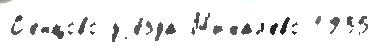
С'енцово уjе́зда М'ихал'ево 1935